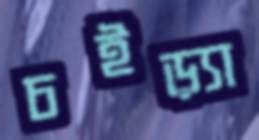
চইড়্যা